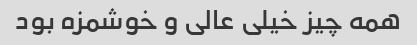
همه چیز خیلی عالی و خوشمزه بود